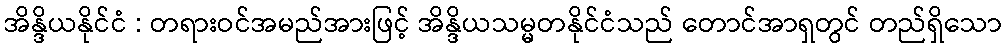
အိန္ဒိယနိုင်ငံ : တရားဝင်အမည်အားဖြင့် အိန္ဒိယသမ္မတနိုင်ငံသည် တောင်အာရှတွင် တည်ရှိသော